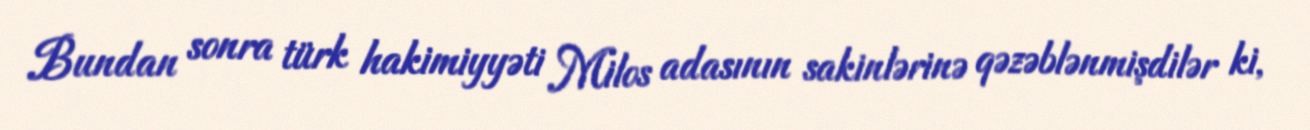
Bundan sonra türk hakimiyyəti Milos adasının sakinlərinə qəzəblənmişdilər ki,